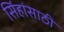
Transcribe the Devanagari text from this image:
सिंहांसाठी